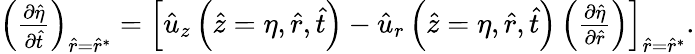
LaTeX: \begin{array}{r}{\left(\frac{\partial\hat{\eta}}{\partial\hat{t}}\right)_{\hat{r}=\hat{r}^{*}}=\left[\hat{u}_{z}\left(\hat{z}=\eta,\hat{r},\hat{t}\right)-\hat{u}_{r}\left(\hat{z}=\eta,\hat{r},\hat{t}\right)\left(\frac{\partial\hat{\eta}}{\partial\hat{r}}\right)\right]_{\hat{r}=\hat{r}^{*}}.}\end{array}